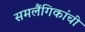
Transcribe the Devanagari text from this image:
समलैंगिकांची